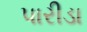
પારીડા